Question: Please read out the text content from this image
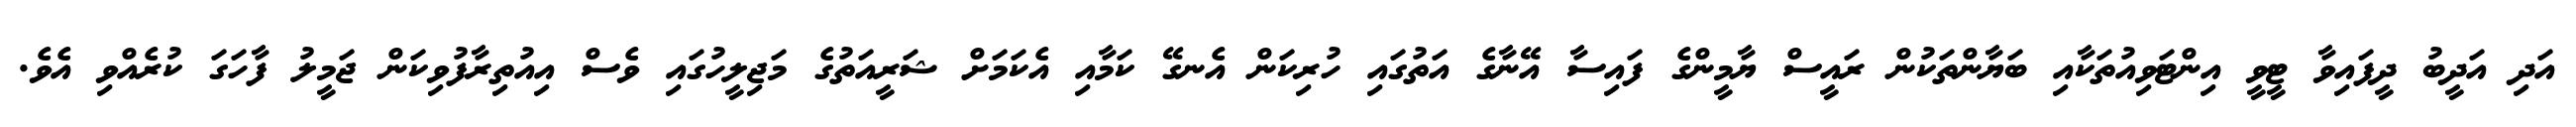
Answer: އަދި އަދީބު ދީފައިވާ ޓީވީ އިންޓަވިއުތަކާއި ބަޔާންތަކުން ރައީސް ޔާމީންގެ ފައިސާ އޭނާގެ އަތުގައި ހުރިކަން އެނގޭ ކަމާއި އެކަމަށް ޝަރީއަތުގެ މަޖިލީހުގައި ވެސް އިއުތިރާފުވިކަން ޖަމީލު ފާހަގަ ކުރެއްވި އެވެ.